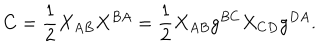
LaTeX: C = { \frac { 1 } { 2 } } X _ { A B } X ^ { B A } = { \frac { 1 } { 2 } } X _ { A B } g ^ { B C } X _ { C D } g ^ { D A } .